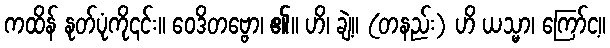
ကထိန် နုတ်ပုံကို၎င်း။ ဝေဒိတဗ္ဗော၊ ၏။ ဟိ၊ ချဲ့။ (တနည်း) ဟိ ယသ္မာ၊ ကြော်င့။